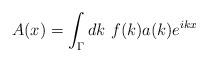
LaTeX: \begin{align*}A(x)=\int_\Gamma dk~f(k)a(k) e^{ikx}\end{align*}